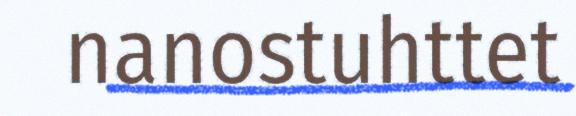
nanostuhttet